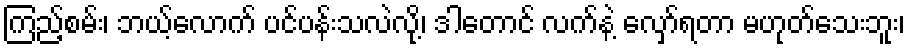
ကြည့်စမ်း၊ ဘယ့်လောက် ပင်ပန်းသလဲလို့၊ ဒါတောင် လက်နဲ့ လှော်ရတာ မဟုတ်သေးဘူး၊